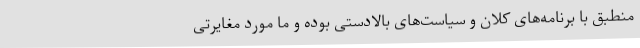
منطبق با برنامه‌های کلان و سیاست‌های بالادستی بوده و ما مورد مغایرتی